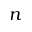
n